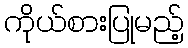
ကိုယ်စားပြုမည့်